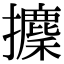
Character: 攈